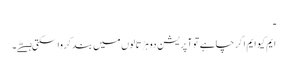
ـ
ایم کیو ایم اگر چاہے تو آپریشن دو ہڑتالوں میں بند کرواسکتی ہےؕ۔